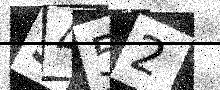
Text: S452